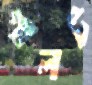
পালট